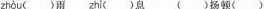
zhòu（ )雨 zhì ()息 ()扬顿()